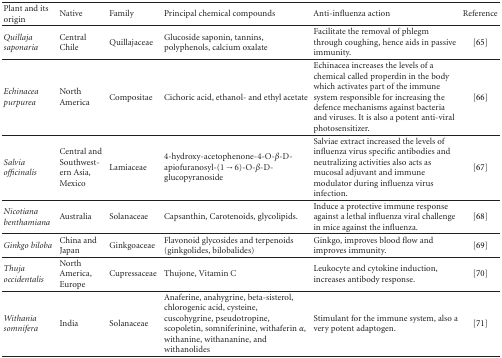
| Plant and its origin | Native | Family | Principal chemical compounds | Anti-influenza action | Reference |
 | --- | --- | --- | --- | --- | --- |
 | Quillaja saponaria | Central Chile | Quillajaceae | Glucoside saponin, tannins, polyphenols, calcium oxalate | Facilitate the removal of phlegm through coughing, hence aids in passive immunity. | [65] |
 | Echinacea purpurea | North America | Compositae | Cichoric acid, ethanol- and ethyl acetate | Echinacea increases the levels of a chemical called properdin in the body which activates part of the immune system responsible for increasing the defence mechanisms against bacteria and viruses. It is also a potent anti-viral photosensitizer. | [66] |
 | Salvia officinalis | Central and Southwestern Asia, Mexico | Lamiaceae | 4-hydroxy-acetophenone-4-O-β-D-apiofuranosyl-(1→6)-O-β-D-glucopyranoside | Salviae extract increased the levels of influenza virus specific antibodies and neutralizing activities also acts as mucosal adjuvant and immune modulator during influenza virus infection. | [67] |
 | Nicotiana benthamiana | Australia | Solanaceae | Capsanthin, Carotenoids, glycolipids. | Induce a protective immune response against a lethal influenza viral challenge in mice against the influenza. | [68] |
 | Ginkgo biloba | China and Japan | Ginkgoaceae | Flavonoid glycosides and terpenoids (ginkgolides, bilobalides) | Ginkgo, improves blood flow and improves immunity. | [69] |
 | Thuja occidentalis | North America, Europe | Cupressaceae | Thujone, Vitamin C | Leukocyte and cytokine induction, increases antibody response. | [70] |
 | Withania somnifera | India | Solanaceae | Anaferine, anahygrine, beta-sisterol, chlorogenic acid, cysteine, cuscohygrine, pseudotropine, scopoletin, somniferinine, withaferin α, withanine, withananine, and withanolides | Stimulant for the immune system, also a very potent adaptogen. | [71] |